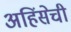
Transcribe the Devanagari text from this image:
अहिंसेची